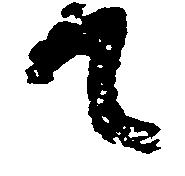
て